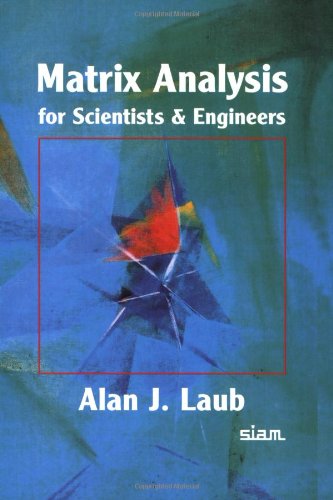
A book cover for Matrix Analysis for Scientists and Engineers; Alan J. Laub; Science & Math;